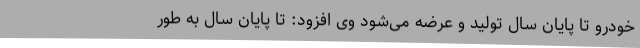
خودرو تا پایان سال تولید و عرضه می‌شود وی افزود: تا پایان سال به طور